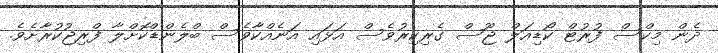
ދެން މިކްސް ފުރުޓް ކޯޑިއަލް ޖޫސް ގެރިކިރުވެސް އަޅައި އަނެއްކާވެސް ބްލެންޑްކޮށްލާ ފްރިޖުކުރާށެވެ.